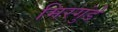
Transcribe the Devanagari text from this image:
मिरगुंडे